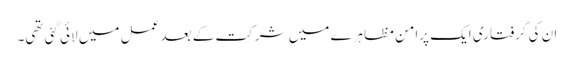
ان کی گرفتاری ایک پرامن مظاہرے میں شرکت کے بعد عمل میں لائی گئی تھی۔